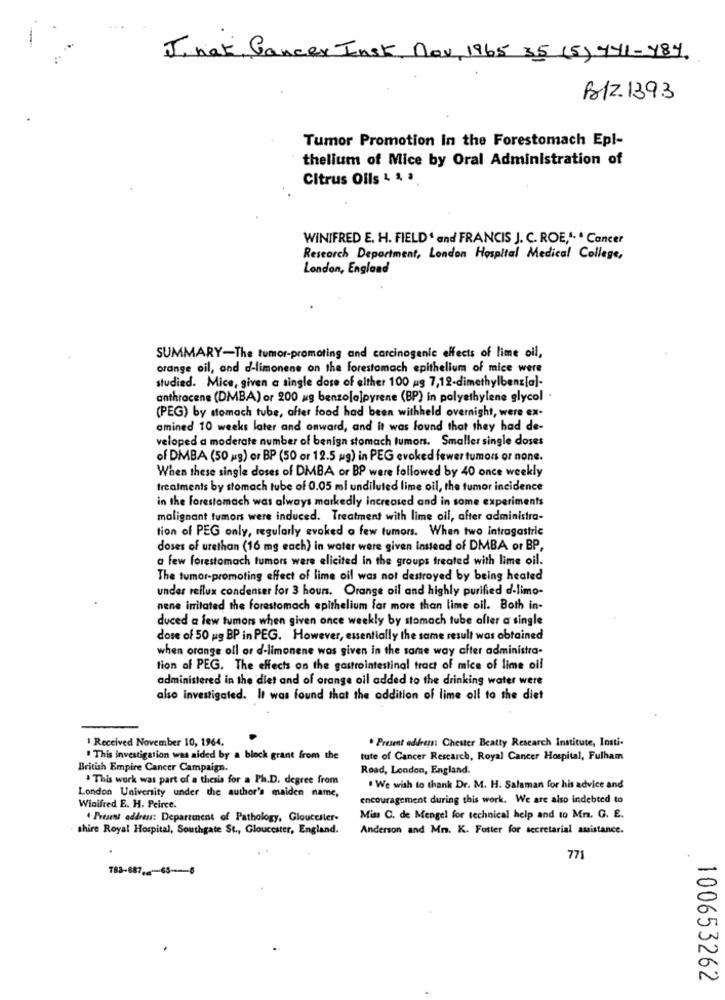
J. nak, Cancer Insk, Nov, 1965 35 (5) 441-784
FIZ 139.3
Tumor Promotion In the Forestomach Epl-
thelium of Mice by Oral Administration of
Citrus Olis 4 % .
WINIFRED E. H. FIELD' and FRANCIS J. C. ROE ,.. . Cancer
Research Department, London Hospital Medical College,
London, England
SUMMARY-The tumor-promoting and carcinogenic effects of lime oil,
orange oil, and d-limonene on the forestomach epithelium of mice were
studied. Mice, given a single dose of elther 100 ag 7,12-dimethylbenz[a]-
anthrocene (DMBA) or 200 ug benzola]pyrene (BP) in polyethylene glycol .
(PEG) by stomach tube, after food had been withheld overnight, were ex-
amined 10 weeks later and onward, and it was found that they had de-
veloped a moderate number of benign stomach tumors. Smaller single doses
of DMBA (50 ug) or BP (50 or 12.5 mg) in PEG evoked fewer tumors or none.
When these single doses of DMBA or BP were followed by 40 once weekly
treatments by stomach tube of 0.05 ml undiluted lime oil, the tumor incidence
in the forestomach was always markedly increased and in some experiments
malignant tumors were induced. Treatment with lime oil, after administra-
tion of PEG only, regularly evoked a few tumors. When two intragastric
doses of urethan (16 mg each) in water were given Instead of DMBA or BP,
a few forestomach tumors were elicited in the groups treated with lime oil.
The tumor-promoting effect of lime oil was not destroyed by being healed
under reflux condenser for 3 hours. Orange oil and highly purified d-limo-
nene irritated the forestomach epithelium far more than lime oil. Both in-
duced a few tumors when given once weekly by stomach tube aller a single
dose of 50 ug BP in PEG. However, essentially the same result was obtained
when orange oll or d-limonene was given in the same way after administra-
tion of PEG. The effects on the gastrointestinal tract of mice of lime oil
administered in the diet and of orange oil added to the drinking water were
also investigated. It was found that the addition of lime oll to the diet
1 Received November 10, 1964.
. Present address Chester Beatty Research Institute, Insti-
. This investigation was aided by a block grant from the
tute of Cancer Rescarch, Royal Cancer Hospital, Fulham
British Empire Cancer Campaign.
Road, London, England.
This work was part of a thesis for a Ph.D. degree from
London University under the author's maiden name,
. We wish to thank Dr. M. H. Salaman for his advice and
encouragement during this work. We are also indebted to
Winifred E. H. Peirce.
Present address: Department of Pathology, Gloucester-
Miss C. de Mengel for technical help and to Mr. G. E.
shire Royal Hospital, Southgate St ., Gloucester, England.
Anderson and Mm. K. Foster for secretarial auistance.
771
783-687 ,- 65-8
100653262